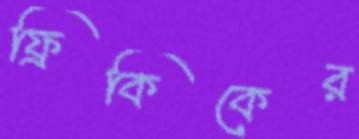
ফ্রিকিকের